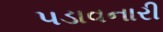
પડાવનારી